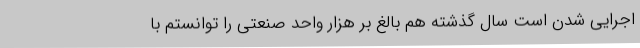
اجرایی شدن است سال گذشته هم بالغ بر هزار واحد صنعتی را توانستم با